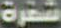
شفرة